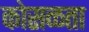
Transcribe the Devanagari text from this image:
कोसळता